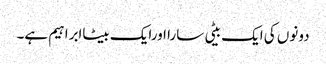
دونوں کی ایک بیٹی سارا اورایک بیٹاابراہیم ہے۔